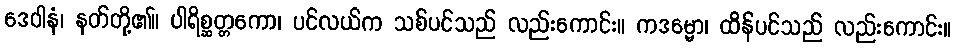
ဒေဝါနံ၊ နတ်တို့၏။ ပါရိစ္ဆတ္တကော၊ ပင်လယ်က သစ်ပင်သည် လည်းကောင်း။ ကဒမ္ဗော၊ ထိန်ပင်သည် လည်းကောင်း။